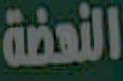
النهضة